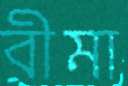
বীমা